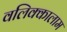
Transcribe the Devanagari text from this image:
वलिक्कालाम